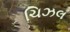
ચિઝલ